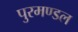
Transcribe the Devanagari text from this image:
पुरमण्डल